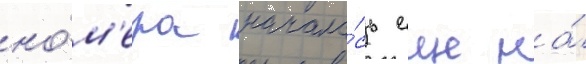
но́м'ера начала́сь еще на́